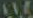
203